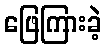
ဖြေကြားခဲ့